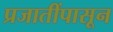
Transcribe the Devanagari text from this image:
प्रजातींपासून